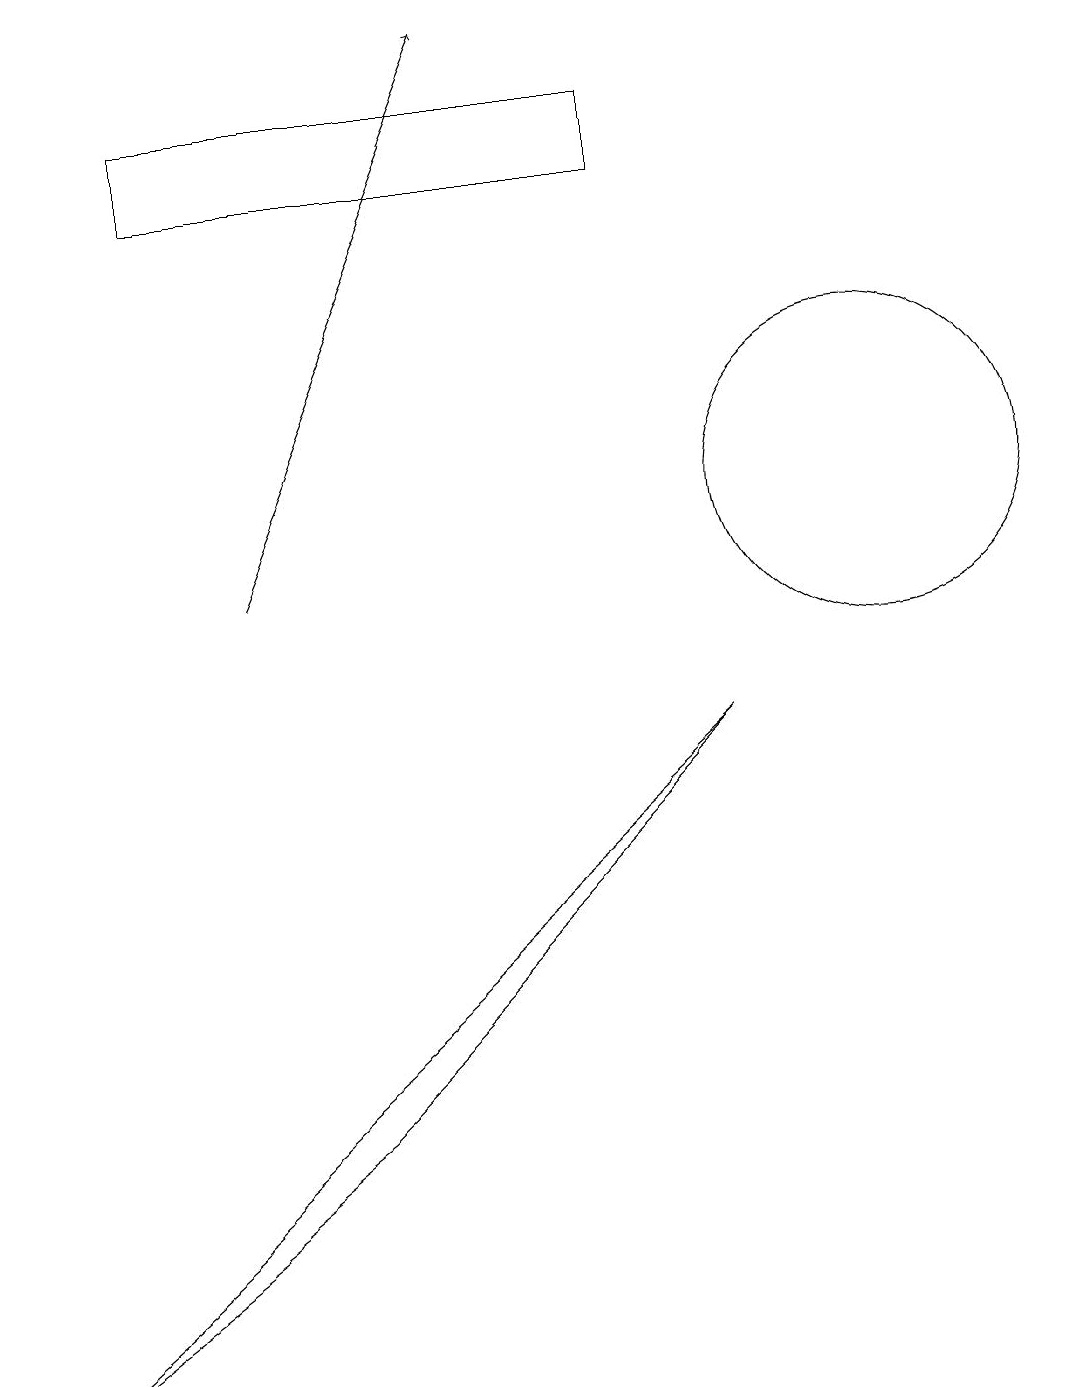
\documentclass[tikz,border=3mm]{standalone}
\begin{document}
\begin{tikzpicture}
\draw[->] (3,10) -- (6,17);
\draw (8,16) rectangle (2,15);
\draw (11,11) circle (2);
\draw (0,0) -- (4,3) -- (9,8) -- cycle;
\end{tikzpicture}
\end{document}